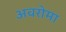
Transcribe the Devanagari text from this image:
अवरोमा